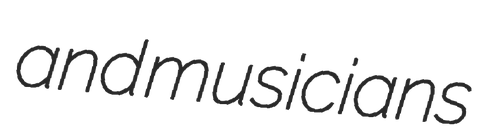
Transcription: and musicians